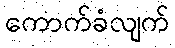
ကောက်ခံလျက်